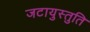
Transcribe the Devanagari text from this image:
जटायुस्तुति